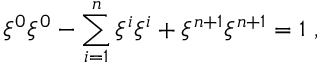
\xi ^ { 0 } \xi ^ { 0 } - \sum _ { i = 1 } ^ { n } \xi ^ { i } \xi ^ { i } + \xi ^ { n + 1 } \xi ^ { n + 1 } = 1 ~ ,